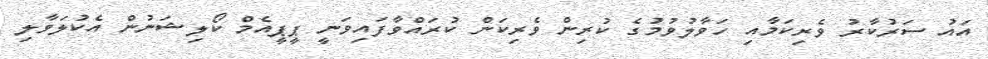
އައު ސަރުކާރު ވެރިކަމާއި ހަވާލުވުމުގެ ކުރިން ވެރިކަން ކުރައްވާފައިވަނީ ޕީޕީއެމް ކޯލިޝަނުން އެކުލަވާލި